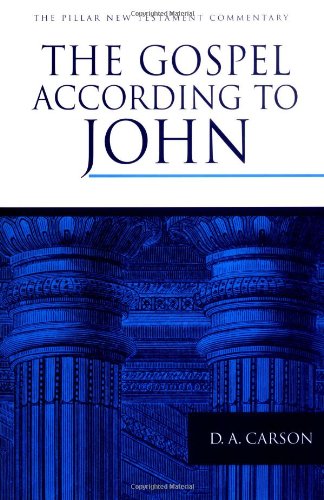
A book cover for The Gospel according to John (The Pillar New Testament Commentary (PNTC)); D. A. Carson; Christian Books & Bibles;